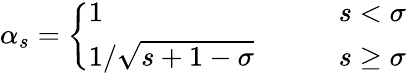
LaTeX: \alpha_{s}=\left\{ \begin{array}{ll}{1\qquad}&{s<\sigma}\\ {1/\sqrt{s+1-\sigma}\qquad}&{s\geq\sigma}\end{array}\right.